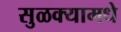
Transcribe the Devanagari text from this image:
सुळक्यामधे